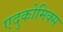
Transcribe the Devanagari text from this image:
एदुकोमिक्स